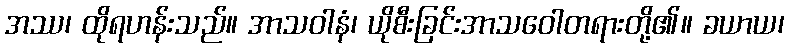
အဿ၊ ထိုရဟန်းသည်။ အာသဝါနံ၊ ယိုစီးခြင်းအာသဝေါတရားတို့၏။ ခယာယ၊